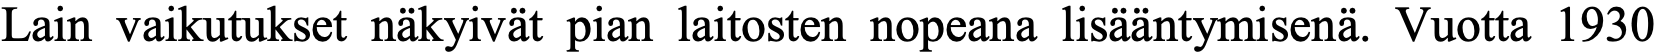
Lain vaikutukset näkyivät pian laitosten nopeana lisääntymisenä. Vuotta 1930